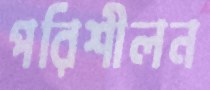
পরিশীলন